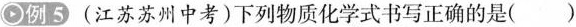
例5(江苏苏州中考)下列物质化学式书写正确的是()